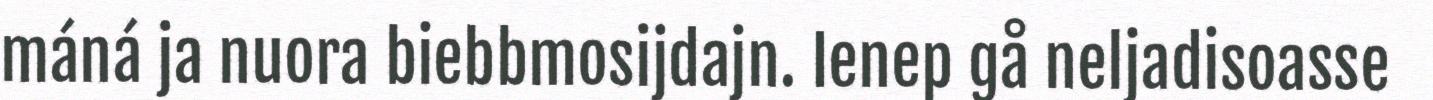
máná ja nuora biebbmosijdajn. Ienep gå neljadisoasse